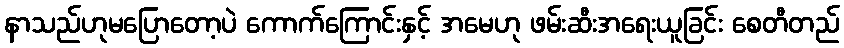
နာသည်ဟုမပြောတော့ပဲ ကောက်ကြောင်းနှင့် အမေဟု ဖမ်းဆီးအရေးယူခြင်း စေတီတည်